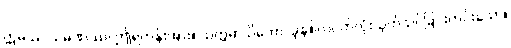
ဣမဿ သမဏဿ၊ ဤရဟန်းအား။ သတ္တမာသိကော၊ ခုနစ်လပတ်လုံးသုတ်သင်ခြင်းကင်းသော။